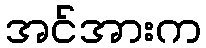
အင်အားက